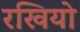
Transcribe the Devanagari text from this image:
रखियो